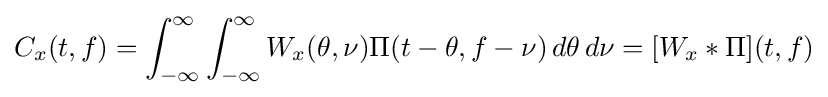
C_{x}(t,f)=\int _{-\infty }^{\infty }\int _{-\infty }^{\infty }W_{x}(\theta ,\nu )\Pi (t-\theta ,f-\nu )\,d\theta \,d\nu =[W_{x}\ast \Pi ](t,f)